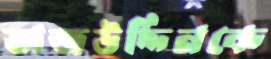
তাজউদ্দিনকে